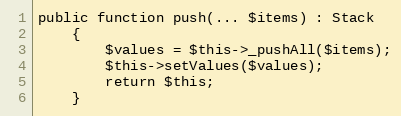
Language: PHP
public function push(... $items) : Stack
    {
        $values = $this->_pushAll($items);
        $this->setValues($values);
        return $this;
    }